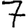
Digit: 7